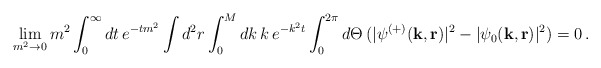
\begin{align*}\lim_{m^2 \to 0}m^2\int_0^{\infty}dt\,e^{-t m^2}\int d^2 r\int_0^M dk\,k \,e^{-k^2 t}\int_0^{2 \pi}d \Theta\,( | \psi^{(+)}({\bf k, r})|^2 - |\psi_0({\bf k, r})|^2 )= 0\,.\end{align*}